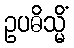
ဥပဓိသ္မိံ